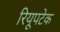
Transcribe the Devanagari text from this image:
रियूपटेक